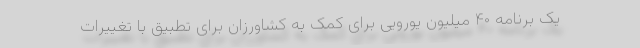
یک برنامه ۴۰ میلیون یورویی برای کمک به کشاورزان برای تطبیق با تغییرات